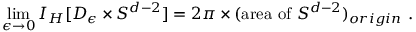
\operatorname * { l i m } _ { \epsilon \rightarrow 0 } I _ { H } [ D _ { \epsilon } \times { \cal S } ^ { d - 2 } ] = 2 \pi \times ( \mathrm { a r e a ~ o f ~ } { \cal S } ^ { d - 2 } ) _ { o r i g i n } \ .